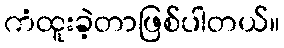
ကံထူးခဲ့တာဖြစ်ပါတယ်။